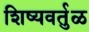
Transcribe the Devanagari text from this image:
शिष्यवर्तुळ